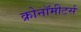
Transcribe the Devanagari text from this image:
क्रोनॉमीटर्स